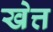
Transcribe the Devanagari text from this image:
खेत्त